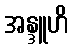
အန္ဒူဟိ